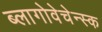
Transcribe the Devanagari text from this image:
ब्लागोवेचेन्स्क